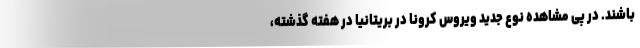
باشند. در پی مشاهده نوع جدید ویروس کرونا در بریتانیا در هفته گذشته،